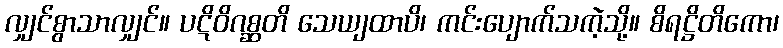
လျှင်စွာသာလျှင်။ ပဋိဝိဂစ္ဆတိ သေယျထာပိ၊ ကင်းပျောက်သကဲ့သို့။ စိရဋ္ဌိတိကော၊